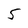
Character: 5